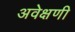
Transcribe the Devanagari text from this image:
अवेक्षणी